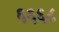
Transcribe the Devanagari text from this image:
६६६८